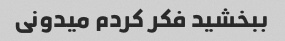
ببخشید فکر کردم میدونی